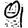
Digit: 9